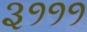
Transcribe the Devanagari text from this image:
३१११